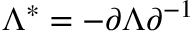
\Lambda ^ { * } = - \partial \Lambda \partial ^ { - 1 }